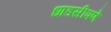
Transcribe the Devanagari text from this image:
धाडसीपणे